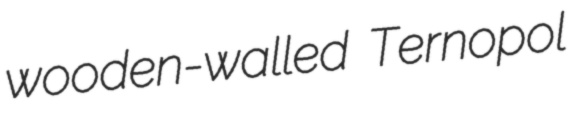
wooden-walled Ternopol